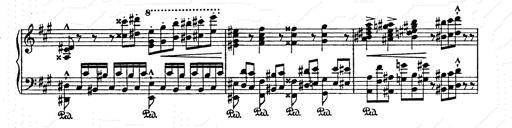
Title: AnnÃ©es de pÃ¨lerinage II
Composer: Franz Liszt